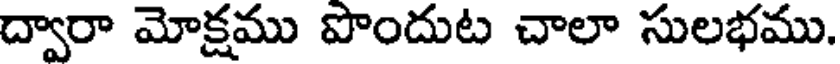
ద్వారా మోక్షము పొందుట చాలా సులభము.